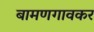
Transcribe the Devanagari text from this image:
बामणगावकर